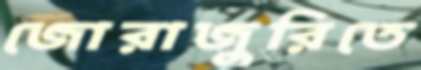
জোরাজুরিতে